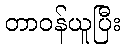
တာဝန်ယူပြီး